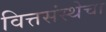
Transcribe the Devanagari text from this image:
वित्तसंस्थेचा